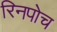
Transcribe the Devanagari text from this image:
रिनपोच